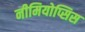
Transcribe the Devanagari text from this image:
नीमियोप्सिस